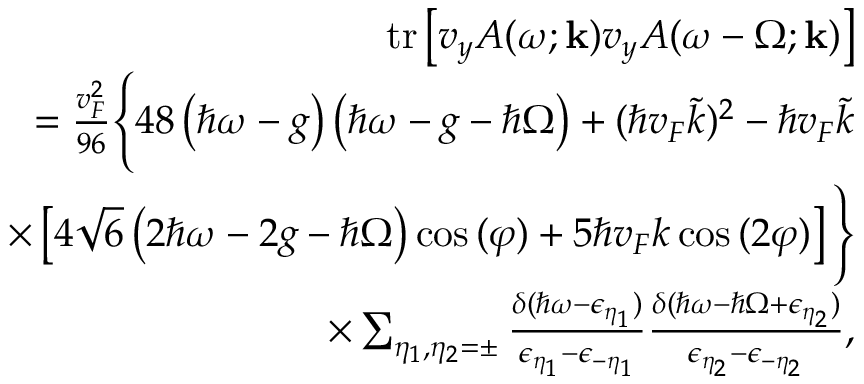
\begin{array} { r l r } & { } & { \mathrm { t r } \left[ v _ { y } A ( \omega ; \mathbf { k } ) v _ { y } A ( \omega - \Omega ; \mathbf { k } ) \right] } \\ & { } & { = \frac { v _ { F } ^ { 2 } } { 9 6 } \Bigg \{ 4 8 \left( \hbar \omega - g \right) \left( \hbar \omega - g - \hbar \Omega \right) + ( \hbar v _ { F } \tilde { k } ) ^ { 2 } - \hbar v _ { F } \tilde { k } } \\ & { } & { \times \left[ 4 \sqrt { 6 } \left( 2 \hbar \omega - 2 g - \hbar \Omega \right) \cos { ( \varphi ) } + 5 \hbar v _ { F } k \cos { ( 2 \varphi ) } \right] \Bigg \} } \\ & { } & { \times \sum _ { \eta _ { 1 } , \eta _ { 2 } = \pm } \frac { \delta ( \hbar \omega - \epsilon _ { \eta _ { 1 } } ) } { \epsilon _ { \eta _ { 1 } } - \epsilon _ { - \eta _ { 1 } } } \frac { \delta ( \hbar \omega - \hbar \Omega + \epsilon _ { \eta _ { 2 } } ) } { \epsilon _ { \eta _ { 2 } } - \epsilon _ { - \eta _ { 2 } } } , } \end{array}